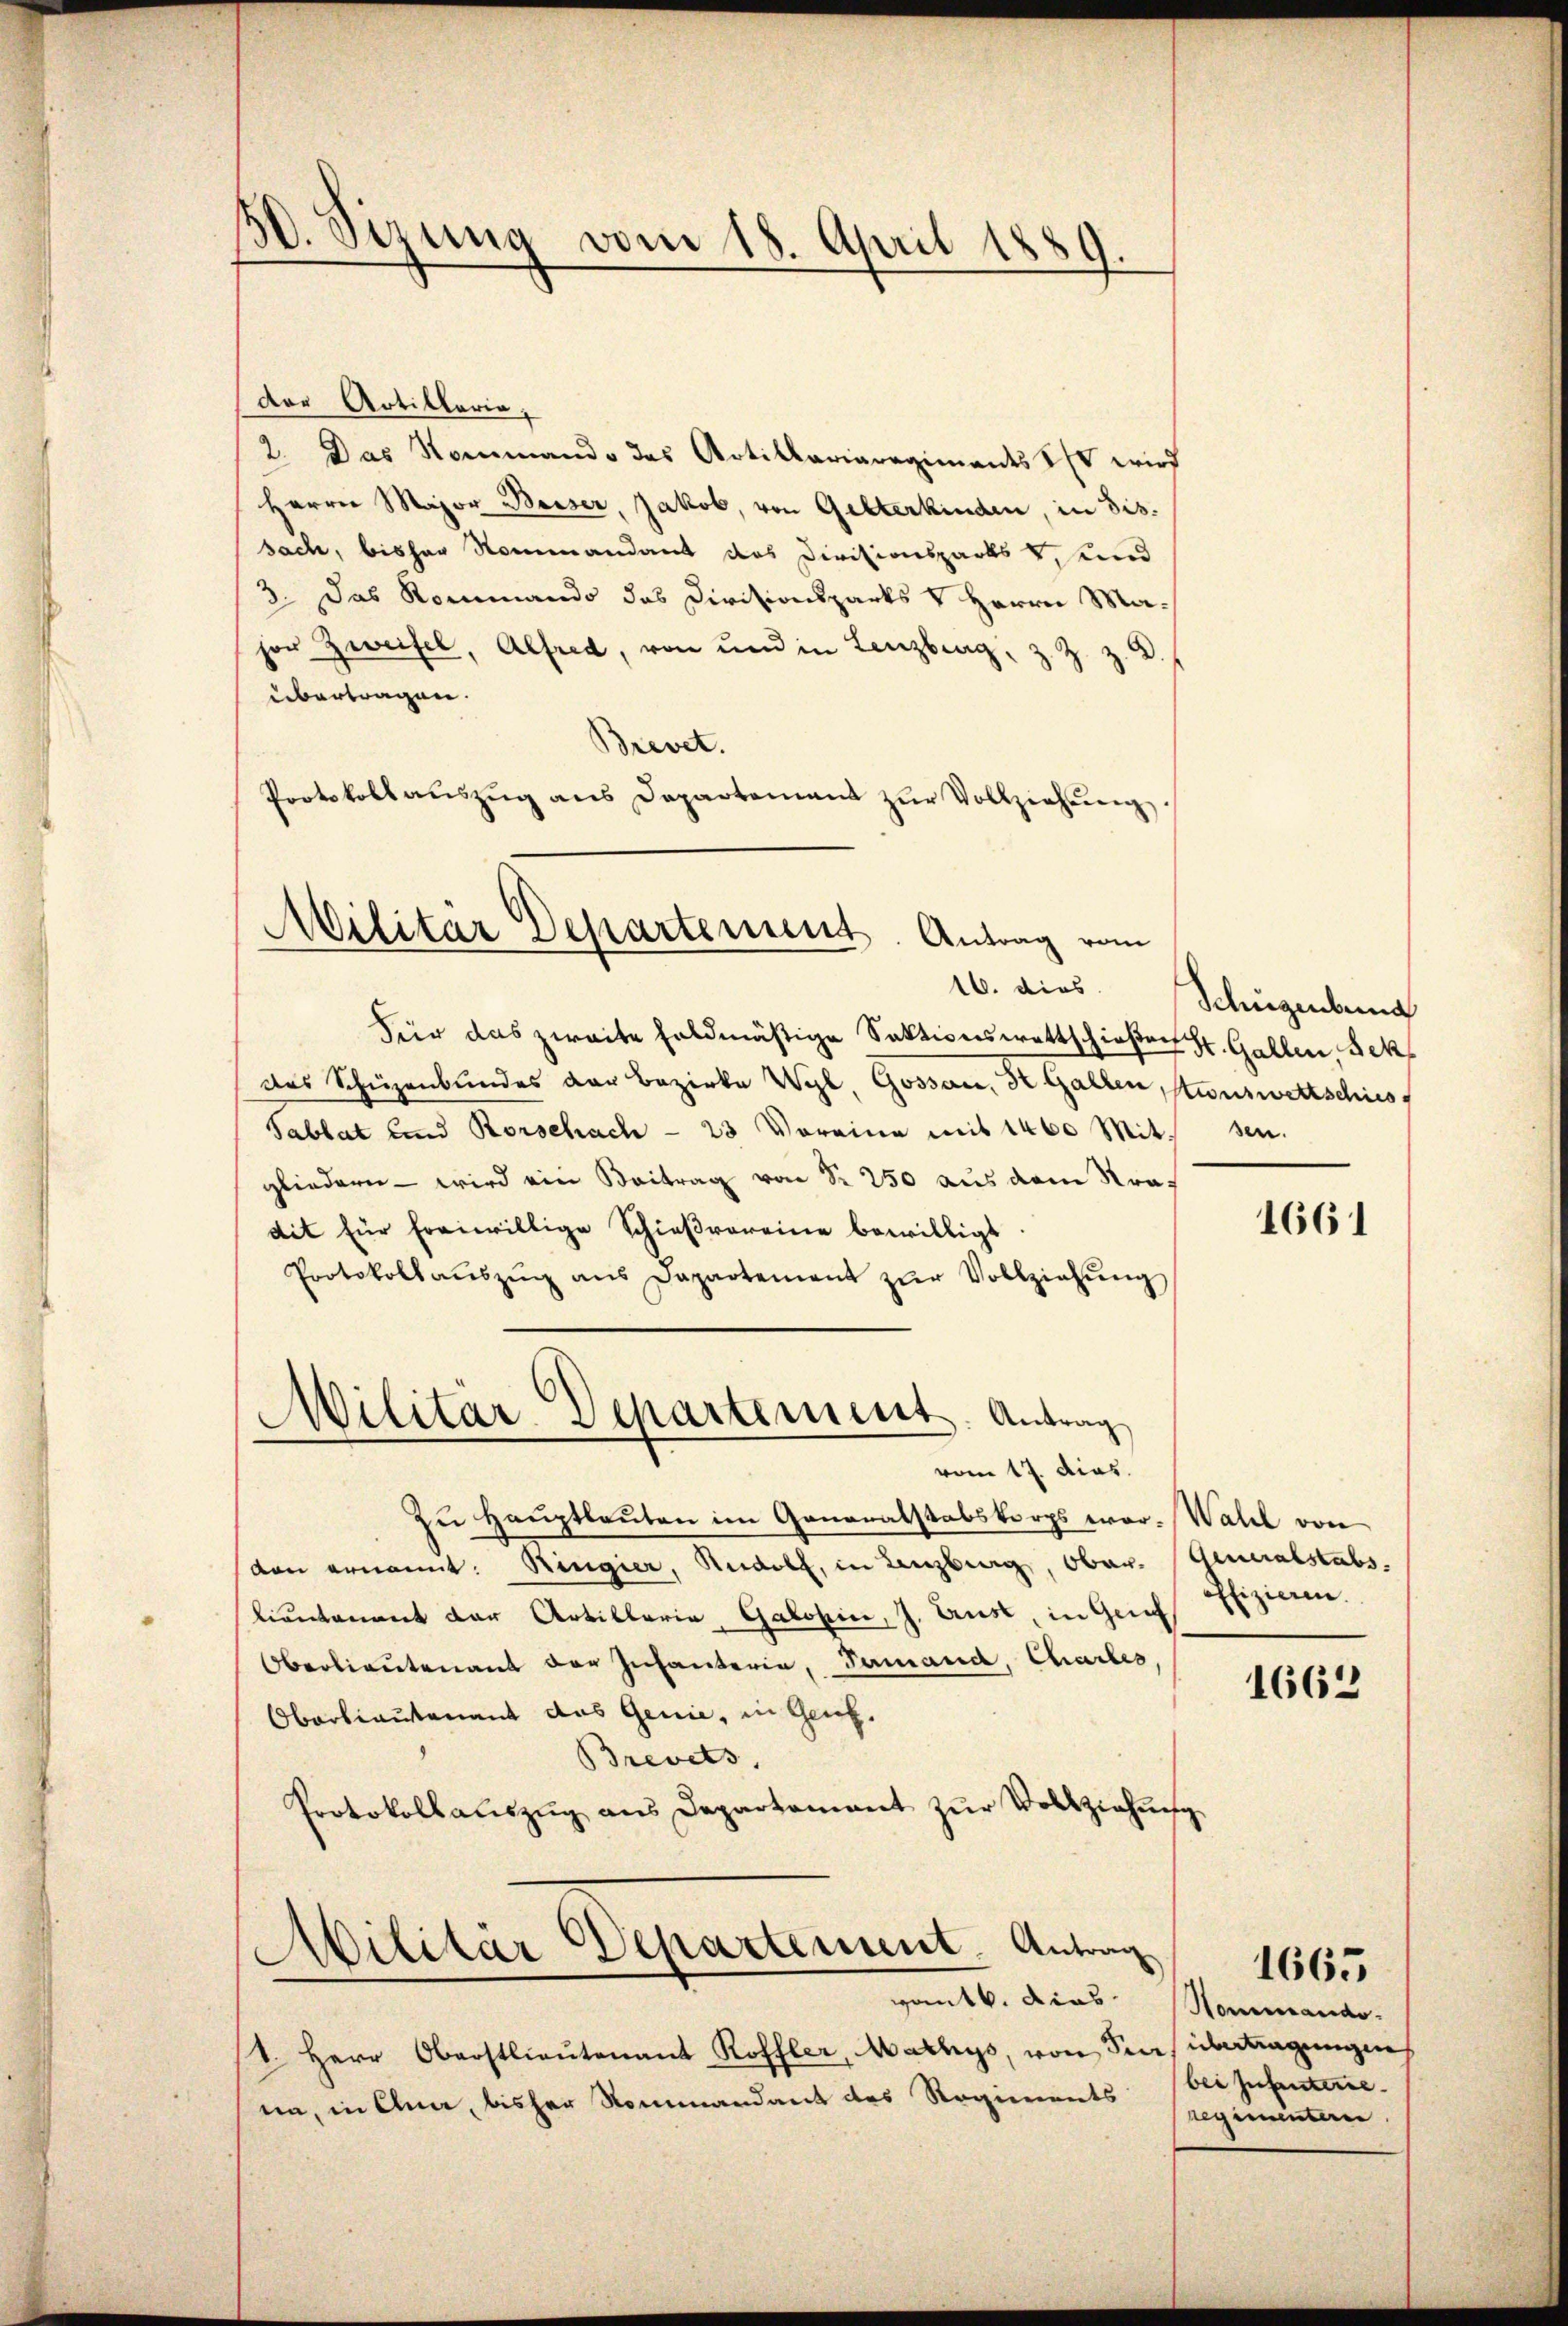
50. Sizung vom 18. April 1889
f

der Artillerie,
2. Das Kommando das Artillariaregiments SEs wird
Herrn Major Besser, Jakob, von Gelterkinden, in Sis.
sach, bisher Kommandant des Divisionsparks v, und
3. Das Kommando das Divisionsparts V Herrn Mahor Zweifel, Alfred, von und in Lenzberg: 3
D.
übertragen.
Brevet.
Protokollaŭszŭg ans Departement zŭr Vollziehŭng

Militär Departement. Antrag vom
16. dies

Für das zweite haldmäßige Sektionswettschießen St. Gallen Sek
das Schüzenbundes der Bezirke Wyl, Gossar, 3 Gallen, stenswettschies
Tablat und Rorschach - 23 Voreine mit 1400 Mit sen.
gliedern - wird ein Beitrag von Sr. 250 aus dem Stradit für freiwillige Schießvereine bewilligt
Protokoll aŭszŭg ans Dapartement zŭr Vollziehŭng
¬
Militär Departement. Antrag

vom 17. dies

.
Militar Separtement. Antrag

4. Herr Oberstlieutenant Roffler, Mathys, von Per
nn, in Anna, bisher Rommandant des Regiments

Hants. dies Sommando-

Schügenburg

zu Hauptleuten im Generalstabskorps wor-Wald von
ven ernannt. Ringier, Adolf, in Lenzburg, Ober. Generalstabs
lieutenant der Artillaria Galopin, J. Lust, in Genf
Oberlieutenant der Infanterie, Samand, Chartes,
Oberbautenant das Genie, in Genf.
Brevets.
Protokollaŭszŭg ans Departamant zŭr Vollziehŭng

1661

offizieren.

1663

übertragungen
bei zusterre
regimentern.

1665